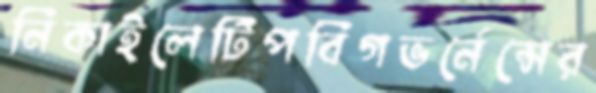
নিকাইলেটিপবিগভর্নেন্সের